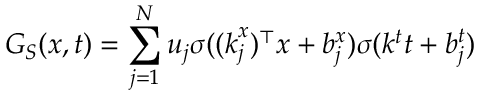
G _ { S } ( \boldsymbol { x } , t ) = \sum _ { j = 1 } ^ { N } u _ { j } \sigma ( ( \boldsymbol { k } _ { j } ^ { x } ) ^ { \top } \boldsymbol { x } + b _ { j } ^ { x } ) \sigma ( k ^ { t } t + b _ { j } ^ { t } )